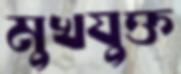
মুখযুক্ত